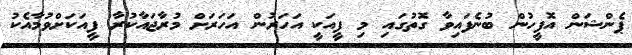
ޕެންޝަން އޮފީހުން ބުނެފައިވާ ގޮތުގައި މި ފީއަކީ އަހަރުން އަހަރަށް މުރާޖައާކުރާ ފީއަކަށްވުމާއެކު